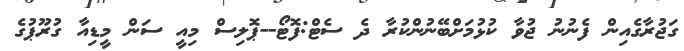
ގަޖުރާގެއިން ފެނުނު ޖުވާ ކުޅުމަށްބޭނުންކުރާ ދެ ސެޓް:ފޮޓޯ--ޕޮލިސް މިއީ ސަން މީޑިއާ ގުރޫޕުގެ